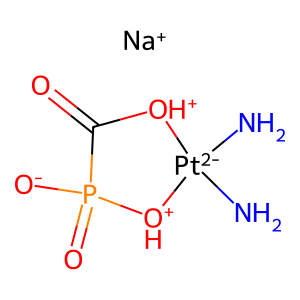
SMILES: N[Pt-2]1(N)[OH+]C(=O)P(=O)([O-])[OH+]1.[Na+]
Inhibits HIV replication: No